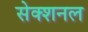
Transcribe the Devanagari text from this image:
सेक्शनल